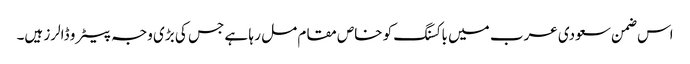
اس ضمن سعودی عرب میں باکسنگ کو خاص مقام مل ر ہا ہے جس کی بڑی وجہ پیٹرو ڈالرز ہیں۔